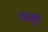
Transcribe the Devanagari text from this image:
यजुस